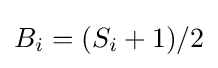
B_{i}=(S_{i}+1)/2